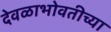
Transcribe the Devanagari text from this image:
देवळाभोवतीच्या